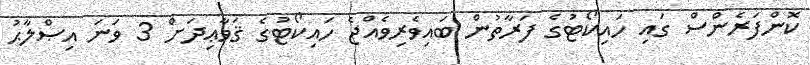
ކޮންފަރެންސް ގައި ހައިކޯޓުގެ ފަރާތުން ބައިވެރިވެއްޖެ ހައިކޯޓުގެ ޤަވާޢިދަށް 3 ވަނަ އިޞްލާޙު